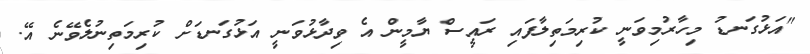
"އަޅުގަނޑު މިހާރުމިވަނީ ކުރިމަތިލާފައި ރައީސް ޔާމީން އެ ވިދާޅުވަނީ އަޅުގަނޑަށް ކުރިމަތިނުލެވޭނެ އޭ.